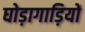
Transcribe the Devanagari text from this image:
घोड़ागाड़ियों